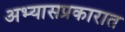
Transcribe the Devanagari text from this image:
अभ्यासप्रकारात